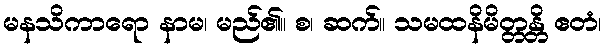
မနသိကာရော နာမ၊ မည်၏။ စ၊ ဆက်။ သမထနိမိတ္တန္တိ ဧတံ၊